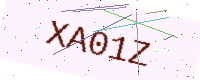
Text: XA01Z